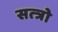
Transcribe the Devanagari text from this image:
सत्त्रो